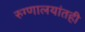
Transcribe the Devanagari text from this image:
रुग्णालयांतही